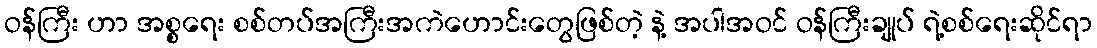
ဝန်ကြီး ဟာ အစ္စရေး စစ်တပ်အကြီးအကဲဟောင်းတွေဖြစ်တဲ့ နဲ့ အပါအဝင် ဝန်ကြီးချုပ် ရဲ့စစ်ရေးဆိုင်ရာ